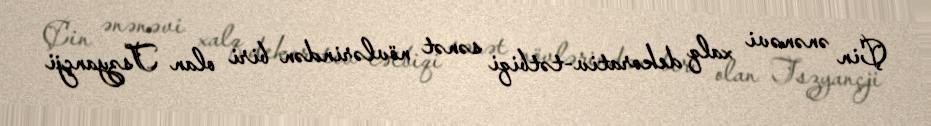
Çin ənənəvi xalq dekorativ-tətbiqi sənət növlərindən biri olan Tszyançji